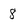
Character: 8